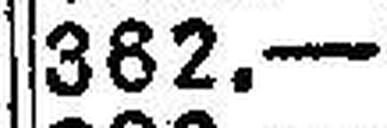
382.—